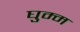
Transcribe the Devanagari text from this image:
घुम्म